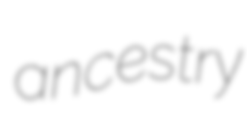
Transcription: ancestry